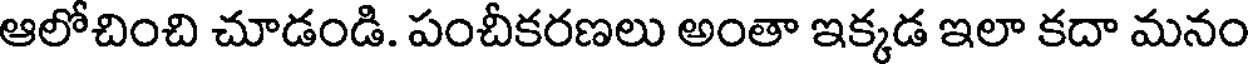
ఆలోచించి చూడండి. పంచీకరణలు అంతా ఇక్కడ ఇలా కదా మనం